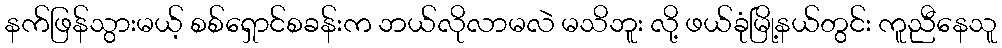
နက်ဖြန်သွားမယ့် စစ်ရှောင်စခန်းက ဘယ်လိုလာမလဲ မသိဘူး လို့ ဖယ်ခုံမြို့နယ်တွင်း ကူညီနေသူ